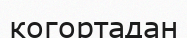
когортадан